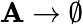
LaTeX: \mathbf{A}\rightarrow\emptyset